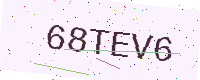
Text: 68TEV6